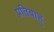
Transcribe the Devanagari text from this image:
प्रतिबाहु